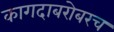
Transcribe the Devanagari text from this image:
कागदाबरोबरच